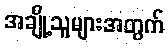
အချို့သူများအတွက်